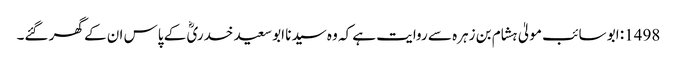
1498: ابو سائب مولیٰ ہشام بن زہرہ سے روایت ہے کہ وہ سیدنا ابو سعید خدریؓ کے پاس ان کے گھر گئے۔